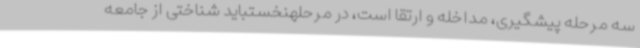
سه مرحله پیشگیری، مداخله و ارتقا است، در مرحلهنخستباید شناختی از جامعه